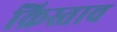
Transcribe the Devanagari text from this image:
क्रिस्ताव